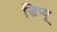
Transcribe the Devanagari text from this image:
डिप्यू